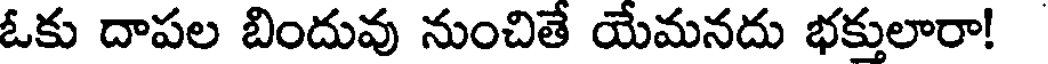
ఓకు దాపల బిందువు నుంచితే యేమనదు భక్తులారా!